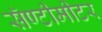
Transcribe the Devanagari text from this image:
सॅण्टीमीटर